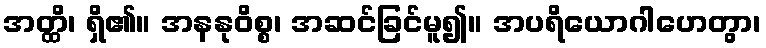
အတ္ထိ၊ ရှိ၏။ အနနုဝိစ္စ၊ အဆင်ခြင်မူ၍။ အပရိယောဂါဟေတွာ၊